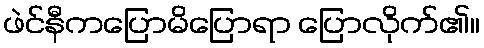
ဖဲင်နီကပြောမိပြောရာ ပြောလိုက်၏။